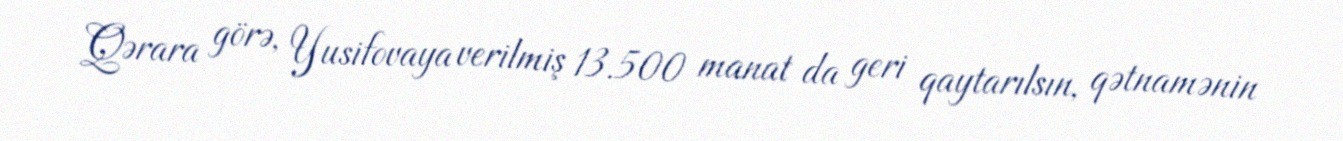
Qərara görə, Yusifovaya verilmiş 13.500 manat da geri qaytarılsın, qətnamənin